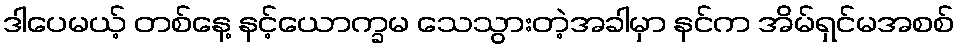
ဒါပေမယ့် တစ်နေ့ နင့်ယောက္ခမ သေသွားတဲ့အခါမှာ နင်က အိမ်ရှင်မအစစ်